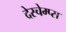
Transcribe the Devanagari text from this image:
देस्चेम्प्स